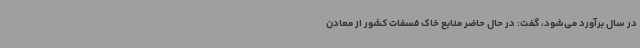
در سال برآورد می‌شود، گفت: در حال حاضر منابع خاک فسفات کشور از معادن